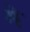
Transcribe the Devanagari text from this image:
मेॱ